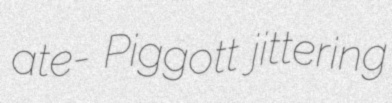
ate- Piggott jittering